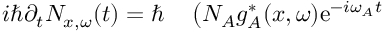
\begin{array} { r l } { i \hbar \partial _ { t } N _ { x , \omega } ( t ) = \hbar } & { { } \left( N _ { A } g _ { A } ^ { * } ( x , \omega ) \mathrm { e } ^ { - i \omega _ { A } t } \right. } \end{array}